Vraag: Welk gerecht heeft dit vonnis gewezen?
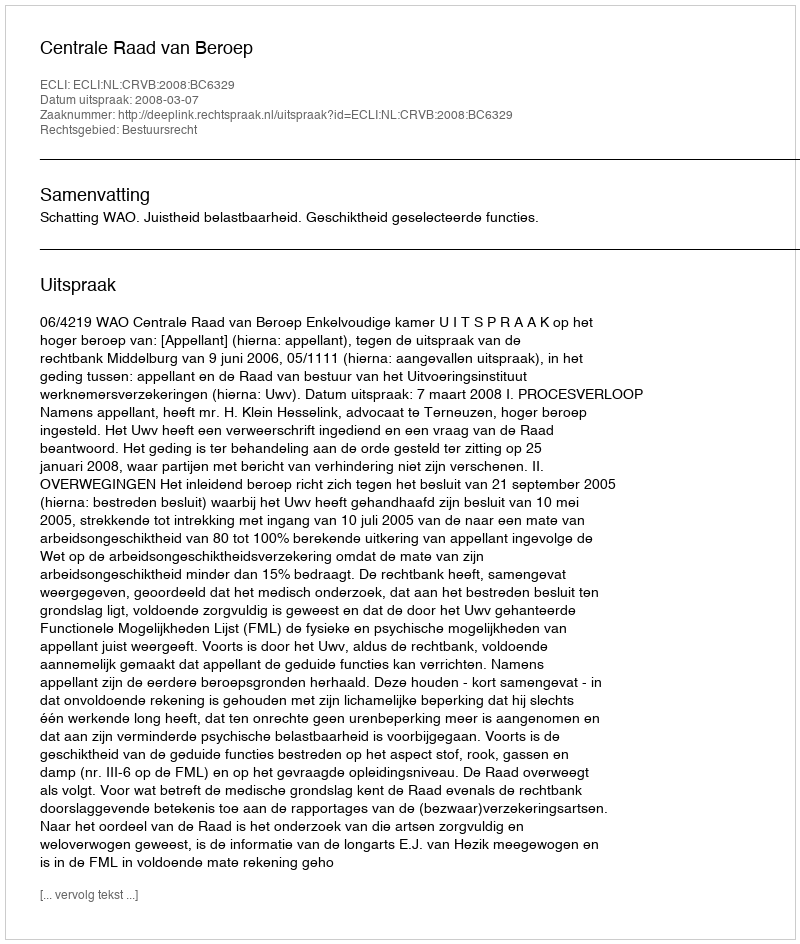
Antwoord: Centrale Raad van Beroep